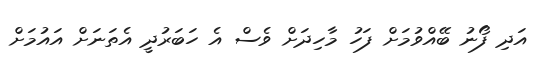
އަދި ފޯނު ބޭއްވުމަށް ފަހު މާހިދަށް ވެސް އެ ހަބަރުދީ އެތަނަށް އައުމަށް